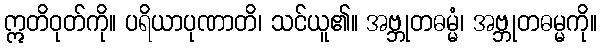
ဣတိဝုတ်ကို။ ပရိယာပုဏာတိ၊ သင်ယူ၏။ အဗ္ဘုတဓမ္မံ၊ အဗ္ဘုတဓမ္မကို။